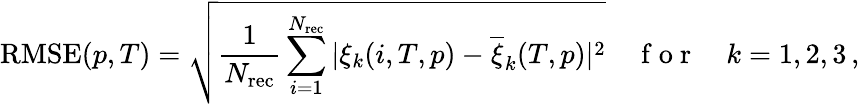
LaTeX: \mathrm{RMSE}(p,T)=\sqrt{\frac{1}{N_{\mathrm{rec}}}\sum_{i=1}^{N_{\mathrm{rec}}}|\xi_{k}(i,T,p)-\overline{{\xi}}_{k}(T,p)|^{2}}\quad\mathrm{~f~o~r~}\quad k=1,2,3\, ,